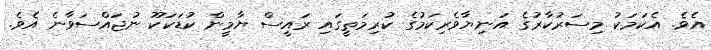
އެވެ. އެކަމަކު މިސަރުކާރުގެ އަނިޔާވެރިކަމުގެ ކުރިމަތީގައި ރައީސް ޔާމީން ކުޑަކަކޫ ނުޖައްސަވާނެ އެވެ.